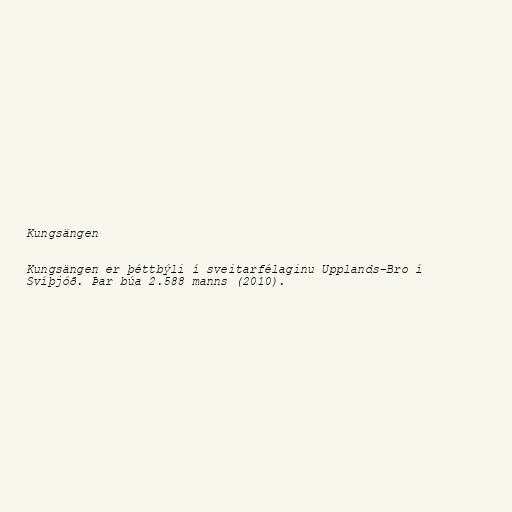
Kungsängen

Kungsängen er þéttbýli í sveitarfélaginu Upplands-Bro í
Svíþjóð. Þar búa 2.588 manns (2010).